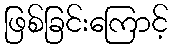
ဖြစ်ခြင်းကြောင့်